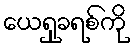
ယေရှုခရစ်ကို